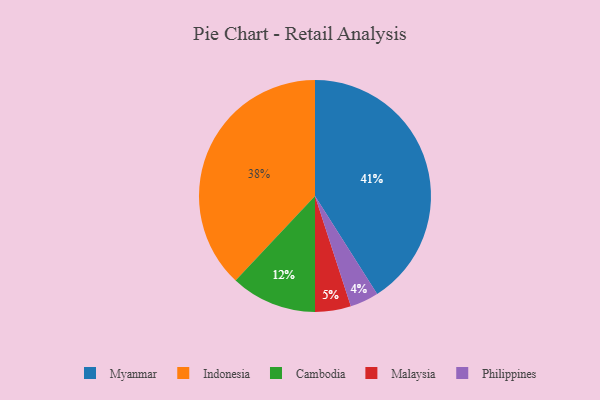
{"axis": {"x": "Category", "y": "Percentage"}, "legend": ["Cambodia", "Indonesia", "Malaysia", "Myanmar", "Philippines"], "data": [{"x": "Malaysia", "y": 5, "type": "Malaysia"}, {"x": "Myanmar", "y": 41, "type": "Myanmar"}, {"x": "Philippines", "y": 4, "type": "Philippines"}, {"x": "Indonesia", "y": 38, "type": "Indonesia"}, {"x": "Cambodia", "y": 12, "type": "Cambodia"}]}